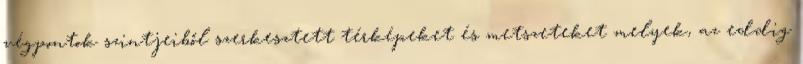
végpontok szintjeiből szerkesztett térképeket és metszeteket melyek, az eddig